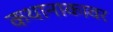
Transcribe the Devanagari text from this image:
कथानाकावर